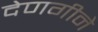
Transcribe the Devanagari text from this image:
देणगीने